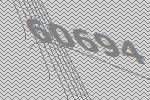
60694